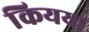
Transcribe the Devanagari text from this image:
कियया